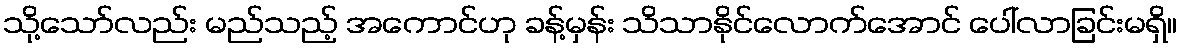
သို့သော်လည်း မည်သည့် အကောင်ဟု ခန့်မှန်း သိသာနိုင်လောက်အောင် ပေါ်လာခြင်းမရှိ။